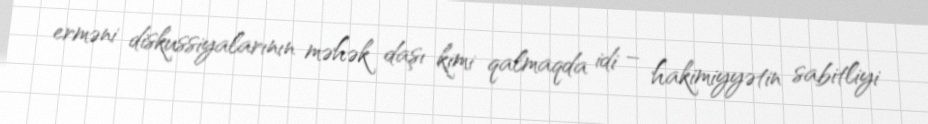
erməni diskussiyalarının məhək daşı kimi qalmaqda idi – hakimiyyətin sabitliyi